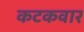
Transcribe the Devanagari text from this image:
कटकवार